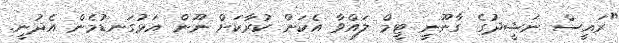
"ރައީސް ނަޝީދުގެ ގާނޫނީ ޓީމް ލައްވާ އެކަން ކުރާކަށް ނޫން އަޅުގަނޑުމެން އެދުނީ.